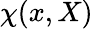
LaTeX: \chi(x,X)